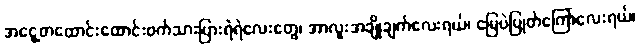
အငွေ့တထောင်းထောင်းဝက်သားပြားရဲရဲလေးတွေ၊ အာလူးအချိုချက်လေးရယ်၊ မြေပဲပြုတ်ကြော်လေးရယ်၊